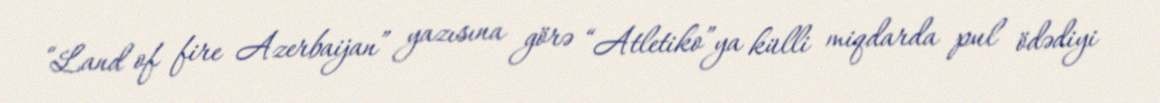
“Land of fire Azerbaijan” yazısına görə “Atletiko”ya külli miqdarda pul ödədiyi